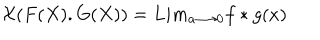
LaTeX: { \cal X } ( F ( X ) . G ( X ) ) = L i m _ { a { \longrightarrow } 0 } f * g ( x )